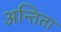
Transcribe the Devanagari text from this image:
अन्तिता